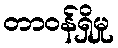
တာဝန်ရှိမှု